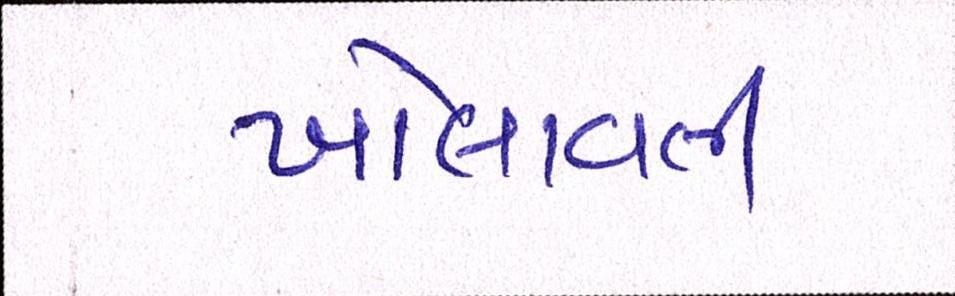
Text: ખોલાવતી